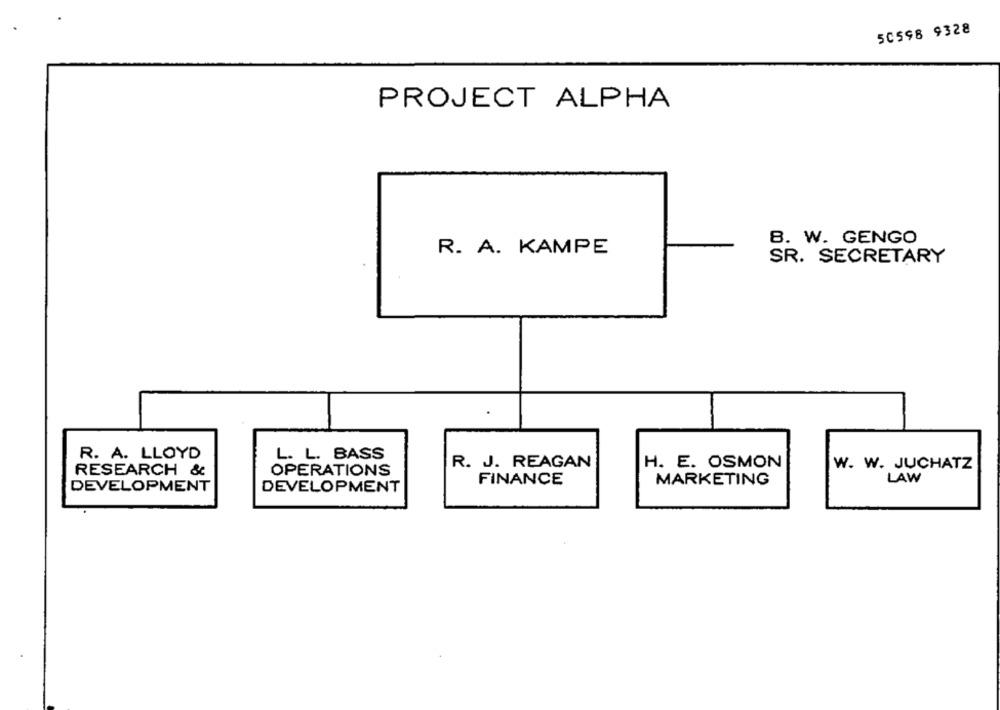
50598 9328
PROJECT ALPHA
B. W. GENGO
R. A. KAMPE
SR. SECRETARY
R. A. LLOYD
L. L. BASS
R. J. REAGAN
H. E. OSMON
W. W. JUCHATZ
RESEARCH &
OPERATIONS
FINANCE
MARKETING
LAW
DEVELOPMENT
DEVELOPMENT